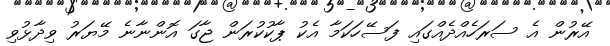
އޭރުން އެ ސަރަހެއްދެއްގައި ފަސޭހަކަމާ އެކު ޕާކުކުރަން ޖާގަ އޮންނާނެ މޭޔަރު ވިދާޅުވި